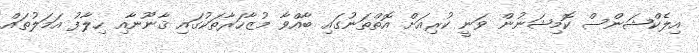
އިލެކްޝަންސް ކޮމިޝަނުން ވަނީ ކުރިއަށް އޮތްތަނުގައި ބާއްވާ މުޒާހަރާތަކުގައި ޤާނޫނާއި ހިލާފު އަމަލުތައް